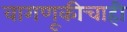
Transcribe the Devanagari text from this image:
वागणूकीचाही